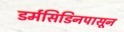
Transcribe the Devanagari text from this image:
डर्मसिडिनपासून